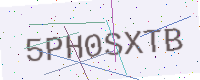
Text: 5PH0SXTB